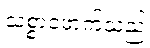
သစ္စာဖောက်သည့်